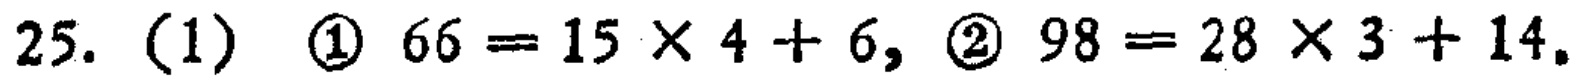
25. (1) \textcircled{1} \(66 = 15\times4 + 6\), \textcircled{2} \(98 = 28\times3+14\).